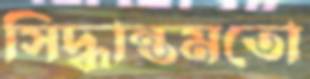
সিদ্ধান্তমতো